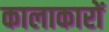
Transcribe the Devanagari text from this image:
कालाकारों